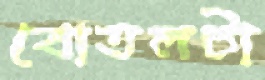
বোতলটা